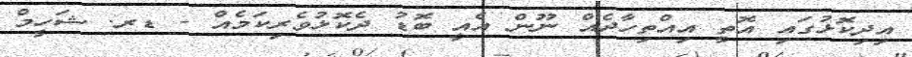
އިދިކޮޅުގައި އޮތީ އިއްތިހާދެއް ނޫން އެއީ ބޮޑު ދެކޮޅުވެރިކަމެއް - ޑރ. ޝަހީމް